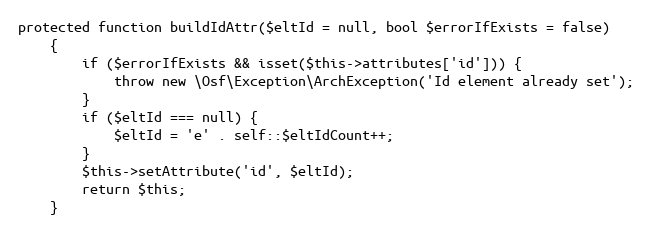
Language: PHP
protected function buildIdAttr($eltId = null, bool $errorIfExists = false)
    {
        if ($errorIfExists && isset($this->attributes['id'])) {
            throw new \Osf\Exception\ArchException('Id element already set');
        }
        if ($eltId === null) {
            $eltId = 'e' . self::$eltIdCount++;
        }
        $this->setAttribute('id', $eltId);
        return $this;
    }